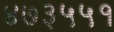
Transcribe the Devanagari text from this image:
४७३५५१